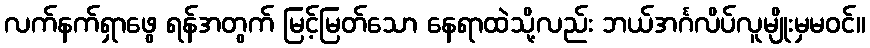
လက်နက်ရှာဖွေ ရန်အတွက် မြင့်မြတ်သော နေရာထဲသို့လည်း ဘယ်အင်္ဂလိပ်လူမျိုးမှမဝင်။